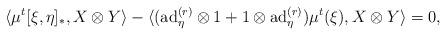
LaTeX: \begin{align*}&\langle\mu^{t}[\xi,\eta]_{\ast},X\otimes Y\rangle-\langle(\mathrm{ad}_{\eta}^{(r)}\otimes 1+1\otimes \mathrm{ad}_{\eta}^{(r)})\mu^{t}(\xi),X\otimes Y\rangle=0,\end{align*}